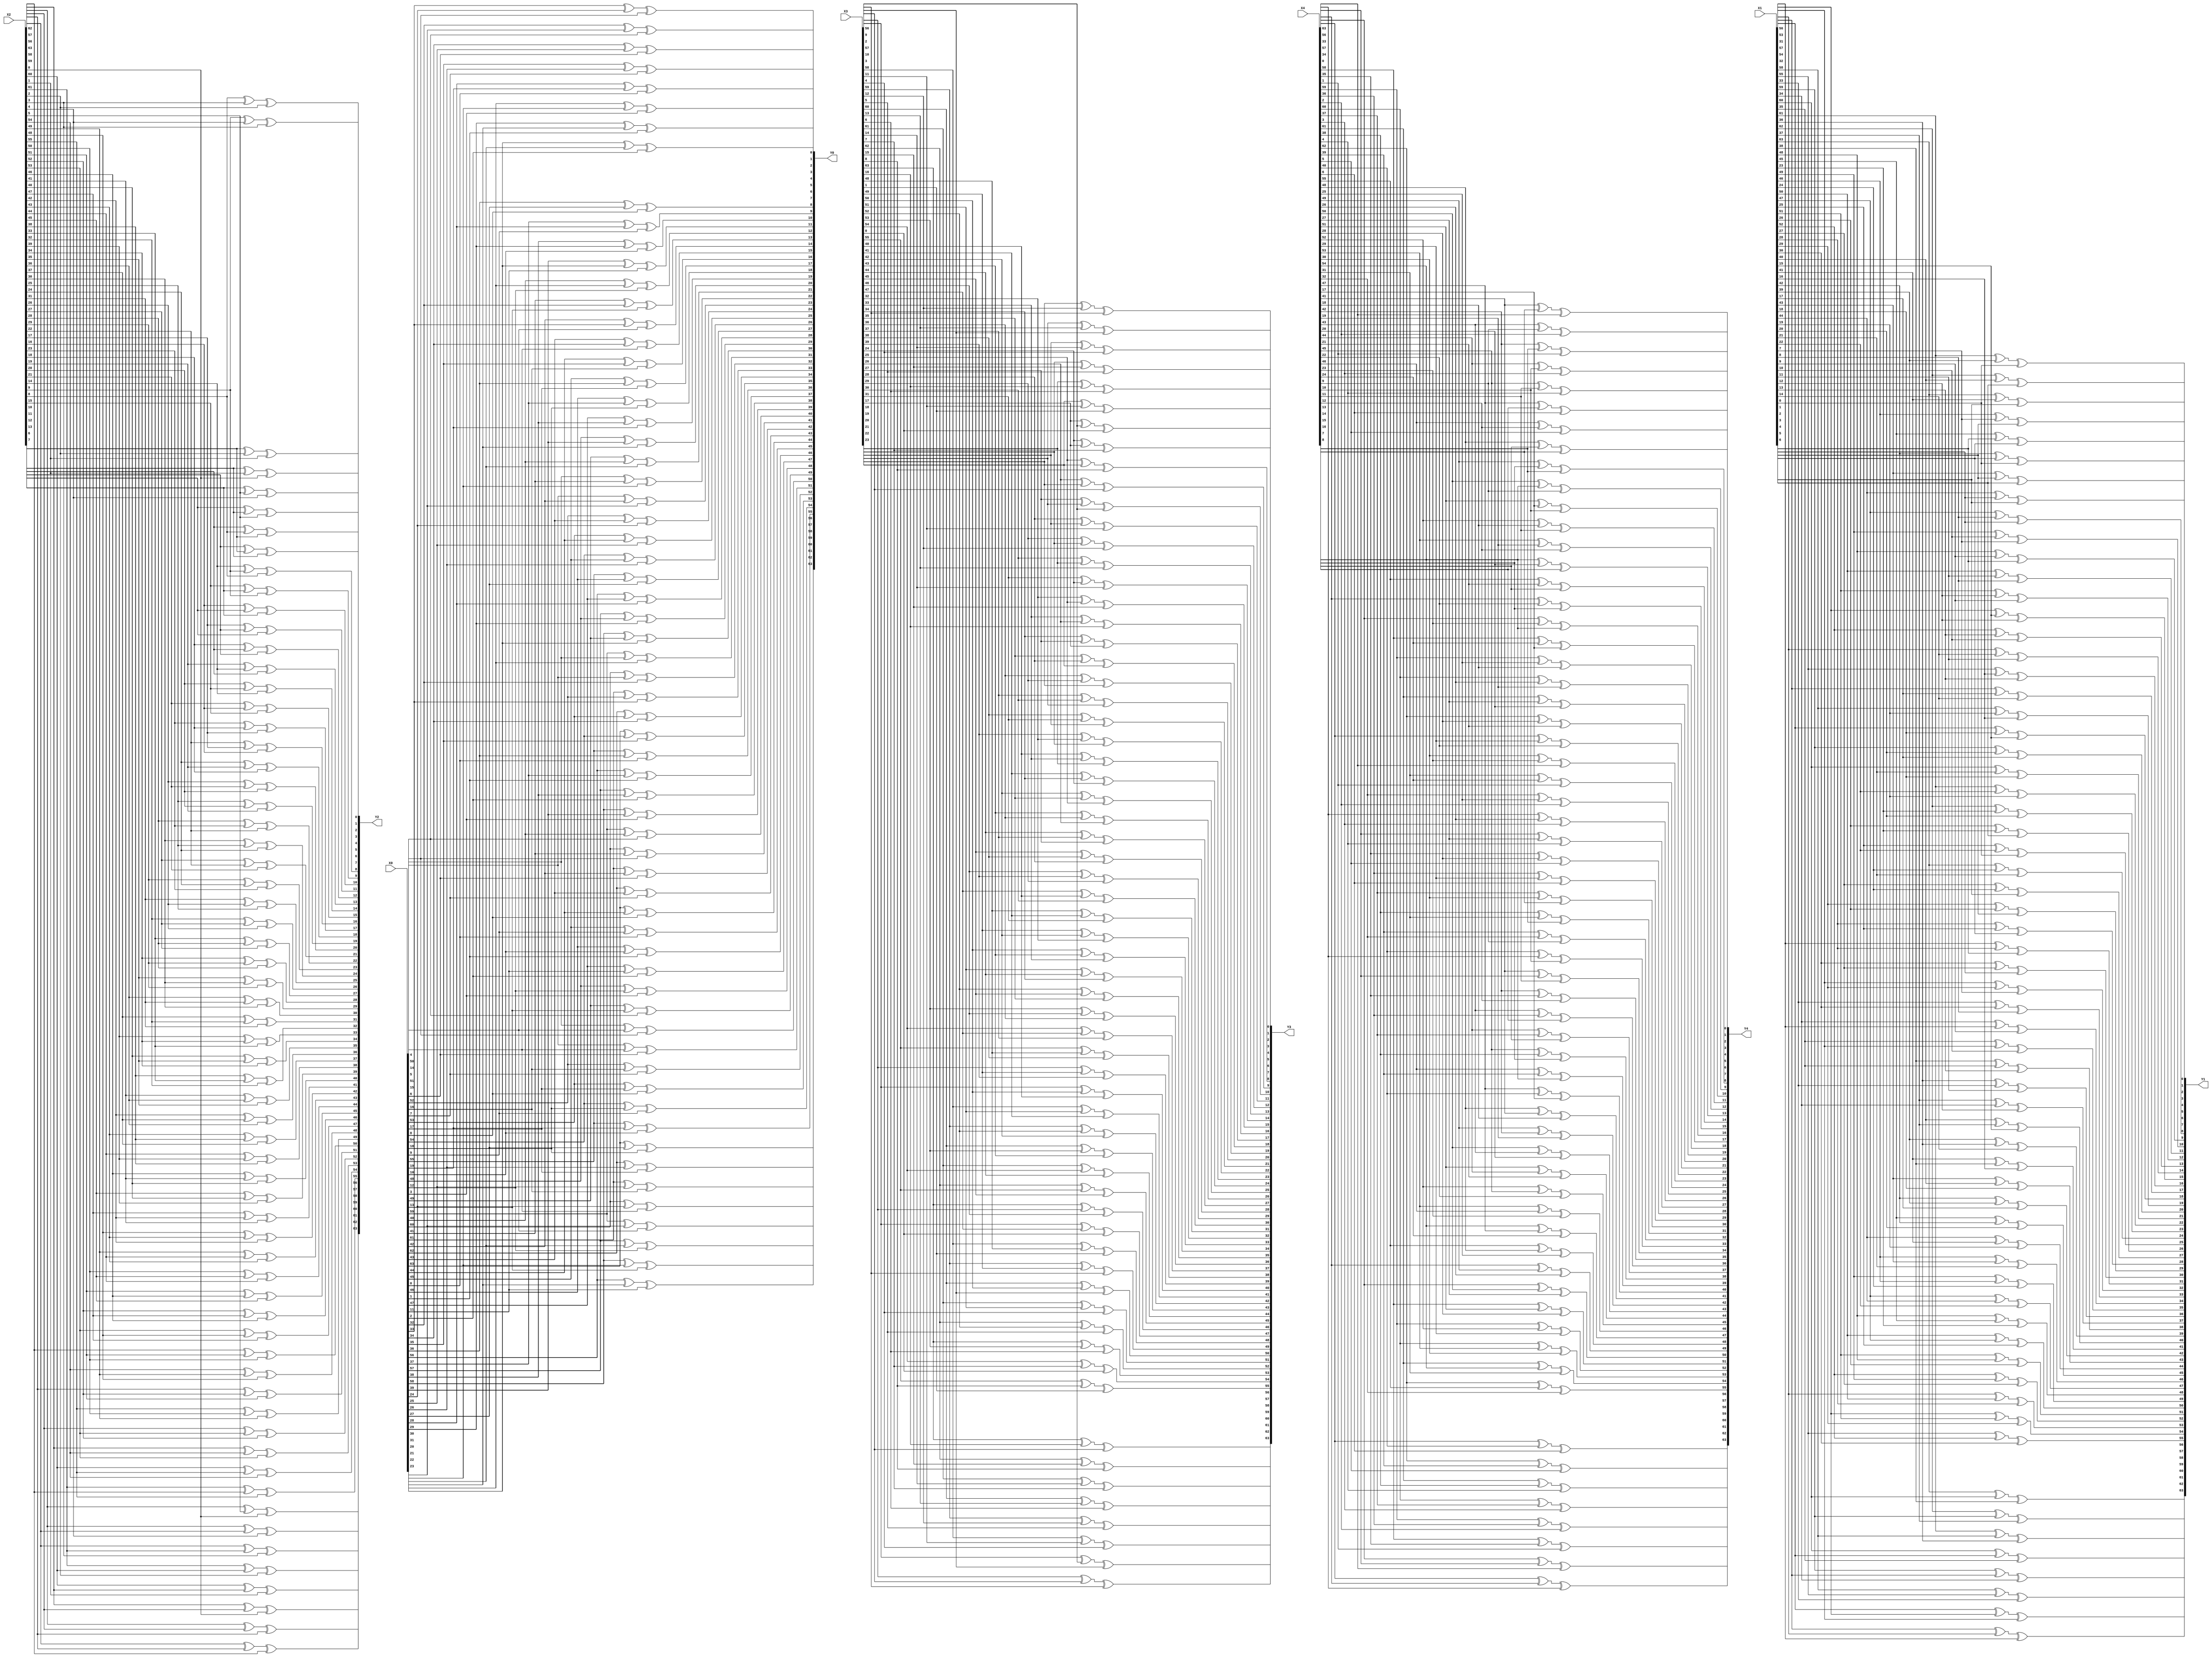
// Optimized Linear Layer using Matrix Multiplication Algorithm
module linear_layer (
    input [63:0] X0, X1, X2, X3, X4,
    output [63:0] Y0, Y1, Y2, Y3, Y4
);
    wire [319:0] s;
    assign s = {X0, X1, X2, X3, X4};

    assign Y0 = {(s[319] ^ s[283] ^ s[274]), (s[318] ^ s[282] ^ s[273]), (s[317] ^ s[281] ^ s[272]), (s[316] ^ s[280] ^ s[271]), (s[315] ^ s[279] ^ s[270]), (s[314] ^ s[278] ^ s[269]), (s[313] ^ s[277] ^ s[268]), (s[312] ^ s[276] ^ s[267]),
                (s[311] ^ s[275] ^ s[266]), (s[310] ^ s[274] ^ s[265]), (s[309] ^ s[273] ^ s[264]), (s[308] ^ s[272] ^ s[263]), (s[307] ^ s[271] ^ s[262]), (s[306] ^ s[270] ^ s[261]), (s[305] ^ s[269] ^ s[260]), (s[304] ^ s[268] ^ s[259]),
                (s[303] ^ s[267] ^ s[258]), (s[302] ^ s[266] ^ s[257]), (s[301] ^ s[265] ^ s[256]), (s[319] ^ s[300] ^ s[264]), (s[318] ^ s[299] ^ s[263]), (s[317] ^ s[298] ^ s[262]), (s[316] ^ s[297] ^ s[261]), (s[315] ^ s[296] ^ s[260]),
                (s[314] ^ s[295] ^ s[259]), (s[313] ^ s[294] ^ s[258]), (s[312] ^ s[293] ^ s[257]), (s[311] ^ s[292] ^ s[256]), (s[319] ^ s[310] ^ s[291]), (s[318] ^ s[309] ^ s[290]), (s[317] ^ s[308] ^ s[289]), (s[316] ^ s[307] ^ s[288]),
                (s[315] ^ s[306] ^ s[287]), (s[314] ^ s[305] ^ s[286]), (s[313] ^ s[304] ^ s[285]), (s[312] ^ s[303] ^ s[284]), (s[311] ^ s[302] ^ s[283]), (s[310] ^ s[301] ^ s[282]), (s[309] ^ s[300] ^ s[281]), (s[308] ^ s[299] ^ s[280]),
                (s[307] ^ s[298] ^ s[279]), (s[306] ^ s[297] ^ s[278]), (s[305] ^ s[296] ^ s[277]), (s[304] ^ s[295] ^ s[276]), (s[303] ^ s[294] ^ s[275]), (s[302] ^ s[293] ^ s[274]), (s[301] ^ s[292] ^ s[273]), (s[300] ^ s[291] ^ s[272]),
                (s[299] ^ s[290] ^ s[271]), (s[298] ^ s[289] ^ s[270]), (s[297] ^ s[288] ^ s[269]), (s[296] ^ s[287] ^ s[268]), (s[295] ^ s[286] ^ s[267]), (s[294] ^ s[285] ^ s[266]), (s[293] ^ s[284] ^ s[265]), (s[292] ^ s[283] ^ s[264]),
                (s[291] ^ s[282] ^ s[263]), (s[290] ^ s[281] ^ s[262]), (s[289] ^ s[280] ^ s[261]), (s[288] ^ s[279] ^ s[260]), (s[287] ^ s[278] ^ s[259]), (s[286] ^ s[277] ^ s[258]), (s[285] ^ s[276] ^ s[257]), (s[284] ^ s[275] ^ s[256])};

    assign Y1 = {(s[255] ^ s[252] ^ s[230]), (s[254] ^ s[251] ^ s[229]), (s[253] ^ s[250] ^ s[228]), (s[252] ^ s[249] ^ s[227]), (s[251] ^ s[248] ^ s[226]), (s[250] ^ s[247] ^ s[225]), (s[249] ^ s[246] ^ s[224]), (s[248] ^ s[245] ^ s[223]),
                (s[247] ^ s[244] ^ s[222]), (s[246] ^ s[243] ^ s[221]), (s[245] ^ s[242] ^ s[220]), (s[244] ^ s[241] ^ s[219]), (s[243] ^ s[240] ^ s[218]), (s[242] ^ s[239] ^ s[217]), (s[241] ^ s[238] ^ s[216]), (s[240] ^ s[237] ^ s[215]),
                (s[239] ^ s[236] ^ s[214]), (s[238] ^ s[235] ^ s[213]), (s[237] ^ s[234] ^ s[212]), (s[236] ^ s[233] ^ s[211]), (s[235] ^ s[232] ^ s[210]), (s[234] ^ s[231] ^ s[209]), (s[233] ^ s[230] ^ s[208]), (s[232] ^ s[229] ^ s[207]),
                (s[231] ^ s[228] ^ s[206]), (s[230] ^ s[227] ^ s[205]), (s[229] ^ s[226] ^ s[204]), (s[228] ^ s[225] ^ s[203]), (s[227] ^ s[224] ^ s[202]), (s[226] ^ s[223] ^ s[201]), (s[225] ^ s[222] ^ s[200]), (s[224] ^ s[221] ^ s[199]),
                (s[223] ^ s[220] ^ s[198]), (s[222] ^ s[219] ^ s[197]), (s[221] ^ s[218] ^ s[196]), (s[220] ^ s[217] ^ s[195]), (s[219] ^ s[216] ^ s[194]), (s[218] ^ s[215] ^ s[193]), (s[217] ^ s[214] ^ s[192]), (s[255] ^ s[216] ^ s[213]),
                (s[254] ^ s[215] ^ s[212]), (s[253] ^ s[214] ^ s[211]), (s[252] ^ s[213] ^ s[210]), (s[251] ^ s[212] ^ s[209]), (s[250] ^ s[211] ^ s[208]), (s[249] ^ s[210] ^ s[207]), (s[248] ^ s[209] ^ s[206]), (s[247] ^ s[208] ^ s[205]),
                (s[246] ^ s[207] ^ s[204]), (s[245] ^ s[206] ^ s[203]), (s[244] ^ s[205] ^ s[202]), (s[243] ^ s[204] ^ s[201]), (s[242] ^ s[203] ^ s[200]), (s[241] ^ s[202] ^ s[199]), (s[240] ^ s[201] ^ s[198]), (s[239] ^ s[200] ^ s[197]),
                (s[238] ^ s[199] ^ s[196]), (s[237] ^ s[198] ^ s[195]), (s[236] ^ s[197] ^ s[194]), (s[235] ^ s[196] ^ s[193]), (s[234] ^ s[195] ^ s[192]), (s[255] ^ s[233] ^ s[194]), (s[254] ^ s[232] ^ s[193]), (s[253] ^ s[231] ^ s[192])};

    assign Y2 = {(s[191] ^ s[133] ^ s[128]), (s[191] ^ s[190] ^ s[132]), (s[190] ^ s[189] ^ s[131]), (s[189] ^ s[188] ^ s[130]), (s[188] ^ s[187] ^ s[129]), (s[187] ^ s[186] ^ s[128]), (s[191] ^ s[186] ^ s[185]), (s[190] ^ s[185] ^ s[184]),
                (s[189] ^ s[184] ^ s[183]), (s[188] ^ s[183] ^ s[182]), (s[187] ^ s[182] ^ s[181]), (s[186] ^ s[181] ^ s[180]), (s[185] ^ s[180] ^ s[179]), (s[184] ^ s[179] ^ s[178]), (s[183] ^ s[178] ^ s[177]), (s[182] ^ s[177] ^ s[176]),
                (s[181] ^ s[176] ^ s[175]), (s[180] ^ s[175] ^ s[174]), (s[179] ^ s[174] ^ s[173]), (s[178] ^ s[173] ^ s[172]), (s[177] ^ s[172] ^ s[171]), (s[176] ^ s[171] ^ s[170]), (s[175] ^ s[170] ^ s[169]), (s[174] ^ s[169] ^ s[168]),
                (s[173] ^ s[168] ^ s[167]), (s[172] ^ s[167] ^ s[166]), (s[171] ^ s[166] ^ s[165]), (s[170] ^ s[165] ^ s[164]), (s[169] ^ s[164] ^ s[163]), (s[168] ^ s[163] ^ s[162]), (s[167] ^ s[162] ^ s[161]), (s[166] ^ s[161] ^ s[160]),
                (s[165] ^ s[160] ^ s[159]), (s[164] ^ s[159] ^ s[158]), (s[163] ^ s[158] ^ s[157]), (s[162] ^ s[157] ^ s[156]), (s[161] ^ s[156] ^ s[155]), (s[160] ^ s[155] ^ s[154]), (s[159] ^ s[154] ^ s[153]), (s[158] ^ s[153] ^ s[152]),
                (s[157] ^ s[152] ^ s[151]), (s[156] ^ s[151] ^ s[150]), (s[155] ^ s[150] ^ s[149]), (s[154] ^ s[149] ^ s[148]), (s[153] ^ s[148] ^ s[147]), (s[152] ^ s[147] ^ s[146]), (s[151] ^ s[146] ^ s[145]), (s[150] ^ s[145] ^ s[144]),
                (s[149] ^ s[144] ^ s[143]), (s[148] ^ s[143] ^ s[142]), (s[147] ^ s[142] ^ s[141]), (s[146] ^ s[141] ^ s[140]), (s[145] ^ s[140] ^ s[139]), (s[144] ^ s[139] ^ s[138]), (s[143] ^ s[138] ^ s[137]), (s[142] ^ s[137] ^ s[136]),
                (s[141] ^ s[136] ^ s[135]), (s[140] ^ s[135] ^ s[134]), (s[139] ^ s[134] ^ s[133]), (s[138] ^ s[133] ^ s[132]), (s[137] ^ s[132] ^ s[131]), (s[136] ^ s[131] ^ s[130]), (s[135] ^ s[130] ^ s[129]), (s[134] ^ s[129] ^ s[128])};

    assign Y3 = {(s[127] ^ s[80] ^ s[73]), (s[126] ^ s[79] ^ s[72]), (s[125] ^ s[78] ^ s[71]), (s[124] ^ s[77] ^ s[70]), (s[123] ^ s[76] ^ s[69]), (s[122] ^ s[75] ^ s[68]), (s[121] ^ s[74] ^ s[67]), (s[120] ^ s[73] ^ s[66]),
                (s[119] ^ s[72] ^ s[65]), (s[118] ^ s[71] ^ s[64]), (s[127] ^ s[117] ^ s[70]), (s[126] ^ s[116] ^ s[69]), (s[125] ^ s[115] ^ s[68]), (s[124] ^ s[114] ^ s[67]), (s[123] ^ s[113] ^ s[66]), (s[122] ^ s[112] ^ s[65]),
                (s[121] ^ s[111] ^ s[64]), (s[127] ^ s[120] ^ s[110]), (s[126] ^ s[119] ^ s[109]), (s[125] ^ s[118] ^ s[108]), (s[124] ^ s[117] ^ s[107]), (s[123] ^ s[116] ^ s[106]), (s[122] ^ s[115] ^ s[105]), (s[121] ^ s[114] ^ s[104]),
                (s[120] ^ s[113] ^ s[103]), (s[119] ^ s[112] ^ s[102]), (s[118] ^ s[111] ^ s[101]), (s[117] ^ s[110] ^ s[100]), (s[116] ^ s[109] ^ s[99]), (s[115] ^ s[108] ^ s[98]), (s[114] ^ s[107] ^ s[97]), (s[113] ^ s[106] ^ s[96]),
                (s[112] ^ s[105] ^ s[95]), (s[111] ^ s[104] ^ s[94]), (s[110] ^ s[103] ^ s[93]), (s[109] ^ s[102] ^ s[92]), (s[108] ^ s[101] ^ s[91]), (s[107] ^ s[100] ^ s[90]), (s[106] ^ s[99] ^ s[89]), (s[105] ^ s[98] ^ s[88]),
                (s[104] ^ s[97] ^ s[87]), (s[103] ^ s[96] ^ s[86]), (s[102] ^ s[95] ^ s[85]), (s[101] ^ s[94] ^ s[84]), (s[100] ^ s[93] ^ s[83]), (s[99] ^ s[92] ^ s[82]), (s[98] ^ s[91] ^ s[81]), (s[97] ^ s[90] ^ s[80]),
                (s[96] ^ s[89] ^ s[79]), (s[95] ^ s[88] ^ s[78]), (s[94] ^ s[87] ^ s[77]), (s[93] ^ s[86] ^ s[76]), (s[92] ^ s[85] ^ s[75]), (s[91] ^ s[84] ^ s[74]), (s[90] ^ s[83] ^ s[73]), (s[89] ^ s[82] ^ s[72]),
                (s[88] ^ s[81] ^ s[71]), (s[87] ^ s[80] ^ s[70]), (s[86] ^ s[79] ^ s[69]), (s[85] ^ s[78] ^ s[68]), (s[84] ^ s[77] ^ s[67]), (s[83] ^ s[76] ^ s[66]), (s[82] ^ s[75] ^ s[65]), (s[81] ^ s[74] ^ s[64])};

    assign Y4 = {(s[63] ^ s[40] ^ s[6]), (s[62] ^ s[39] ^ s[5]), (s[61] ^ s[38] ^ s[4]), (s[60] ^ s[37] ^ s[3]), (s[59] ^ s[36] ^ s[2]), (s[58] ^ s[35] ^ s[1]), (s[57] ^ s[34] ^ s[0]), (s[63] ^ s[56] ^ s[33]),
                (s[62] ^ s[55] ^ s[32]), (s[61] ^ s[54] ^ s[31]), (s[60] ^ s[53] ^ s[30]), (s[59] ^ s[52] ^ s[29]), (s[58] ^ s[51] ^ s[28]), (s[57] ^ s[50] ^ s[27]), (s[56] ^ s[49] ^ s[26]), (s[55] ^ s[48] ^ s[25]),
                (s[54] ^ s[47] ^ s[24]), (s[53] ^ s[46] ^ s[23]), (s[52] ^ s[45] ^ s[22]), (s[51] ^ s[44] ^ s[21]), (s[50] ^ s[43] ^ s[20]), (s[49] ^ s[42] ^ s[19]), (s[48] ^ s[41] ^ s[18]), (s[47] ^ s[40] ^ s[17]),
                (s[46] ^ s[39] ^ s[16]), (s[45] ^ s[38] ^ s[15]), (s[44] ^ s[37] ^ s[14]), (s[43] ^ s[36] ^ s[13]), (s[42] ^ s[35] ^ s[12]), (s[41] ^ s[34] ^ s[11]), (s[40] ^ s[33] ^ s[10]), (s[39] ^ s[32] ^ s[9]),
                (s[38] ^ s[31] ^ s[8]), (s[37] ^ s[30] ^ s[7]), (s[36] ^ s[29] ^ s[6]), (s[35] ^ s[28] ^ s[5]), (s[34] ^ s[27] ^ s[4]), (s[33] ^ s[26] ^ s[3]), (s[32] ^ s[25] ^ s[2]), (s[31] ^ s[24] ^ s[1]),
                (s[30] ^ s[23] ^ s[0]), (s[63] ^ s[29] ^ s[22]), (s[62] ^ s[28] ^ s[21]), (s[61] ^ s[27] ^ s[20]), (s[60] ^ s[26] ^ s[19]), (s[59] ^ s[25] ^ s[18]), (s[58] ^ s[24] ^ s[17]), (s[57] ^ s[23] ^ s[16]),
                (s[56] ^ s[22] ^ s[15]), (s[55] ^ s[21] ^ s[14]), (s[54] ^ s[20] ^ s[13]), (s[53] ^ s[19] ^ s[12]), (s[52] ^ s[18] ^ s[11]), (s[51] ^ s[17] ^ s[10]), (s[50] ^ s[16] ^ s[9]), (s[49] ^ s[15] ^ s[8]),
                (s[48] ^ s[14] ^ s[7]), (s[47] ^ s[13] ^ s[6]), (s[46] ^ s[12] ^ s[5]), (s[45] ^ s[11] ^ s[4]), (s[44] ^ s[10] ^ s[3]), (s[43] ^ s[9] ^ s[2]), (s[42] ^ s[8] ^ s[1]), (s[41] ^ s[7] ^ s[0])};

endmodule

/*
S[0] = [s0 + s36 + s45, s1 + s37 + s46, s2 + s38 + s47, s3 + s39 + s48, s4 + s40 + s49, s5 + s41 + s50, s6 + s42 + s51, s7 + s43 + s52, s8 + s44 + s53, s9 + s45 + s54, s10 + s46 + s55, s11 + s47 + s56, s12 + s48 + s57, s13 + s49 + s58, s14 + s50 + s59, s15 + s51 + s60, s16 + s52 + s61, s17 + s53 + s62, s18 + s54 + s63, s0 + s19 + s55, s1 + s20 + s56, s2 + s21 + s57, s3 + s22 + s58, s4 + s23 + s59, s5 + s24 + s60, s6 + s25 + s61, s7 + s26 + s62, s8 + s27 + s63, s0 + s9 + s28, s1 + s10 + s29, s2 + s11 + s30, s3 + s12 + s31, s4 + s13 + s32, s5 + s14 + s33, s6 + s15 + s34, s7 + s16 + s35, s8 + s17 + s36, s9 + s18 + s37, s10 + s19 + s38, s11 + s20 + s39, s12 + s21 + s40, s13 + s22 + s41, s14 + s23 + s42, s15 + s24 + s43, s16 + s25 + s44, s17 + s26 + s45, s18 + s27 + s46, s19 + s28 + s47, s20 + s29 + s48, s21 + s30 + s49, s22 + s31 + s50, s23 + s32 + s51, s24 + s33 + s52, s25 + s34 + s53, s26 + s35 + s54, s27 + s36 + s55, s28 + s37 + s56, s29 + s38 + s57, s30 + s39 + s58, s31 + s40 + s59, s32 + s41 + s60, s33 + s42 + s61, s34 + s43 + s62, s35 + s44 + s63]
S[1] = [s64 + s67 + s89, s65 + s68 + s90, s66 + s69 + s91, s67 + s70 + s92, s68 + s71 + s93, s69 + s72 + s94, s70 + s73 + s95, s71 + s74 + s96, s72 + s75 + s97, s73 + s76 + s98, s74 + s77 + s99, s75 + s78 + s100, s76 + s79 + s101, s77 + s80 + s102, s78 + s81 + s103, s79 + s82 + s104, s80 + s83 + s105, s81 + s84 + s106, s82 + s85 + s107, s83 + s86 + s108, s84 + s87 + s109, s85 + s88 + s110, s86 + s89 + s111, s87 + s90 + s112, s88 + s91 + s113, s89 + s92 + s114, s90 + s93 + s115, s91 + s94 + s116, s92 + s95 + s117, s93 + s96 + s118, s94 + s97 + s119, s95 + s98 + s120, s96 + s99 + s121, s97 + s100 + s122, s98 + s101 + s123, s99 + s102 + s124, s100 + s103 + s125, s101 + s104 + s126, s102 + s105 + s127, s64 + s103 + s106, s65 + s104 + s107, s66 + s105 + s108, s67 + s106 + s109, s68 + s107 + s110, s69 + s108 + s111, s70 + s109 + s112, s71 + s110 + s113, s72 + s111 + s114, s73 + s112 + s115, s74 + s113 + s116, s75 + s114 + s117, s76 + s115 + s118, s77 + s116 + s119, s78 + s117 + s120, s79 + s118 + s121, s80 + s119 + s122, s81 + s120 + s123, s82 + s121 + s124, s83 + s122 + s125, s84 + s123 + s126, s85 + s124 + s127, s64 + s86 + s125, s65 + s87 + s126, s66 + s88 + s127]
S[2] = [s128 + s186 + s191, s128 + s129 + s187, s129 + s130 + s188, s130 + s131 + s189, s131 + s132 + s190, s132 + s133 + s191, s128 + s133 + s134, s129 + s134 + s135, s130 + s135 + s136, s131 + s136 + s137, s132 + s137 + s138, s133 + s138 + s139, s134 + s139 + s140, s135 + s140 + s141, s136 + s141 + s142, s137 + s142 + s143, s138 + s143 + s144, s139 + s144 + s145, s140 + s145 + s146, s141 + s146 + s147, s142 + s147 + s148, s143 + s148 + s149, s144 + s149 + s150, s145 + s150 + s151, s146 + s151 + s152, s147 + s152 + s153, s148 + s153 + s154, s149 + s154 + s155, s150 + s155 + s156, s151 + s156 + s157, s152 + s157 + s158, s153 + s158 + s159, s154 + s159 + s160, s155 + s160 + s161, s156 + s161 + s162, s157 + s162 + s163, s158 + s163 + s164, s159 + s164 + s165, s160 + s165 + s166, s161 + s166 + s167, s162 + s167 + s168, s163 + s168 + s169, s164 + s169 + s170, s165 + s170 + s171, s166 + s171 + s172, s167 + s172 + s173, s168 + s173 + s174, s169 + s174 + s175, s170 + s175 + s176, s171 + s176 + s177, s172 + s177 + s178, s173 + s178 + s179, s174 + s179 + s180, s175 + s180 + s181, s176 + s181 + s182, s177 + s182 + s183, s178 + s183 + s184, s179 + s184 + s185, s180 + s185 + s186, s181 + s186 + s187, s182 + s187 + s188, s183 + s188 + s189, s184 + s189 + s190, s185 + s190 + s191]
S[3] = [s192 + s239 + s246, s193 + s240 + s247, s194 + s241 + s248, s195 + s242 + s249, s196 + s243 + s250, s197 + s244 + s251, s198 + s245 + s252, s199 + s246 + s253, s200 + s247 + s254, s201 + s248 + s255, s192 + s202 + s249, s193 + s203 + s250, s194 + s204 + s251, s195 + s205 + s252, s196 + s206 + s253, s197 + s207 + s254, s198 + s208 + s255, s192 + s199 + s209, s193 + s200 + s210, s194 + s201 + s211, s195 + s202 + s212, s196 + s203 + s213, s197 + s204 + s214, s198 + s205 + s215, s199 + s206 + s216, s200 + s207 + s217, s201 + s208 + s218, s202 + s209 + s219, s203 + s210 + s220, s204 + s211 + s221, s205 + s212 + s222, s206 + s213 + s223, s207 + s214 + s224, s208 + s215 + s225, s209 + s216 + s226, s210 + s217 + s227, s211 + s218 + s228, s212 + s219 + s229, s213 + s220 + s230, s214 + s221 + s231, s215 + s222 + s232, s216 + s223 + s233, s217 + s224 + s234, s218 + s225 + s235, s219 + s226 + s236, s220 + s227 + s237, s221 + s228 + s238, s222 + s229 + s239, s223 + s230 + s240, s224 + s231 + s241, s225 + s232 + s242, s226 + s233 + s243, s227 + s234 + s244, s228 + s235 + s245, s229 + s236 + s246, s230 + s237 + s247, s231 + s238 + s248, s232 + s239 + s249, s233 + s240 + s250, s234 + s241 + s251, s235 + s242 + s252, s236 + s243 + s253, s237 + s244 + s254, s238 + s245 + s255]
S[4] = [s256 + s279 + s313, s257 + s280 + s314, s258 + s281 + s315, s259 + s282 + s316, s260 + s283 + s317, s261 + s284 + s318, s262 + s285 + s319, s256 + s263 + s286, s257 + s264 + s287, s258 + s265 + s288, s259 + s266 + s289, s260 + s267 + s290, s261 + s268 + s291, s262 + s269 + s292, s263 + s270 + s293, s264 + s271 + s294, s265 + s272 + s295, s266 + s273 + s296, s267 + s274 + s297, s268 + s275 + s298, s269 + s276 + s299, s270 + s277 + s300, s271 + s278 + s301, s272 + s279 + s302, s273 + s280 + s303, s274 + s281 + s304, s275 + s282 + s305, s276 + s283 + s306, s277 + s284 + s307, s278 + s285 + s308, s279 + s286 + s309, s280 + s287 + s310, s281 + s288 + s311, s282 + s289 + s312, s283 + s290 + s313, s284 + s291 + s314, s285 + s292 + s315, s286 + s293 + s316, s287 + s294 + s317, s288 + s295 + s318, s289 + s296 + s319, s256 + s290 + s297, s257 + s291 + s298, s258 + s292 + s299, s259 + s293 + s300, s260 + s294 + s301, s261 + s295 + s302, s262 + s296 + s303, s263 + s297 + s304, s264 + s298 + s305, s265 + s299 + s306, s266 + s300 + s307, s267 + s301 + s308, s268 + s302 + s309, s269 + s303 + s310, s270 + s304 + s311, s271 + s305 + s312, s272 + s306 + s313, s273 + s307 + s314, s274 + s308 + s315, s275 + s309 + s316, s276 + s310 + s317, s277 + s311 + s318, s278 + s312 + s319]
*/